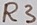
Text: R3